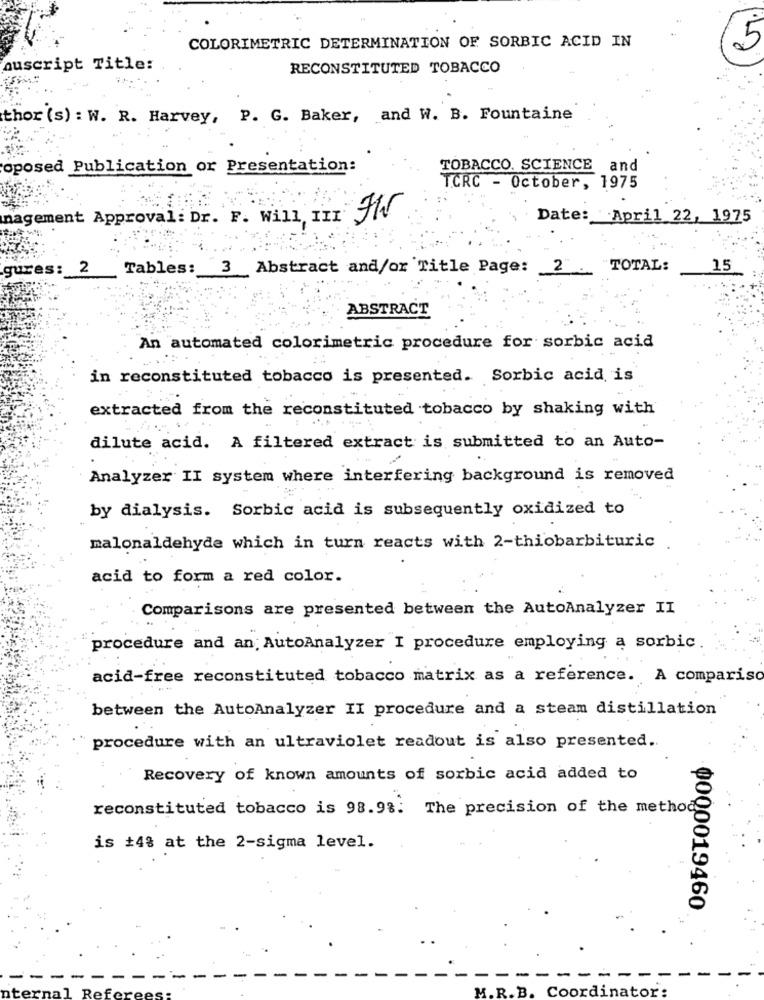
COLORIMETRIC DETERMINATION OF SORBIC ACID IN
5
auscript Title:
RECONSTITUTED TOBACCO
thor (s) : W. R. Harvey, P. G. Baker, and W. B. Fountaine
oposed Publication or Presentation:
TOBACCO. SCIENCE and
TCRC - October, 1975
nagement Approval: Dr. F. Will III Fr
Date: April 22, 1975
gures:
2
Tables: 3 Abstract and/or Title Page: 2". "TOTAL:
15
ABSTRACT
An automated colorimetric procedure for sorbic acid
in reconstituted tobacco is presented. Sorbic acid is
extracted from the reconstituted tobacco by shaking with
dilute acid. A filtered extract is submitted to an Auto-
Analyzer II system where interfering background is removed
by dialysis. Sorbic acid is subsequently oxidized to
malonaldehyde which in turn reacts with 2-thiobarbituric
acid to form a red color.
Comparisons are presented between the AutoAnalyzer II
procedure and an, AutoAnalyzer I procedure employing a sorbic
acid-free reconstituted tobacco matrix as a reference. A compariso
between the AutoAnalyzer II procedure and a steam distillation
procedure with an ultraviolet readout is also presented.
Recovery of known amounts of sorbic acid added to
reconstituted tobacco is 98.9%. The precision of the method
is +48 at the 2-sigma level.
¢000019460